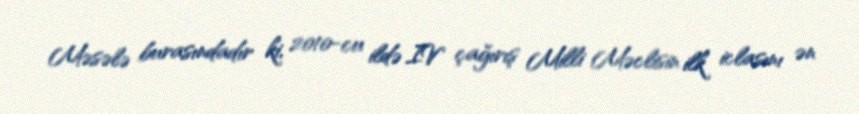
Məsələ burasındadır ki, 2010-cu ildə IV çağırış Milli Məclisin ilk iclasını ən